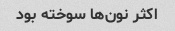
اکثر نون‌ها سوخته بود